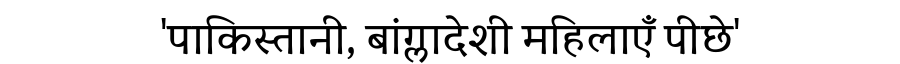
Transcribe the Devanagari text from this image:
'पाकिस्तानी, बांग्लादेशी महिलाएँ पीछे'